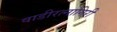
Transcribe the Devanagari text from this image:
वाडीरत्नागिरी